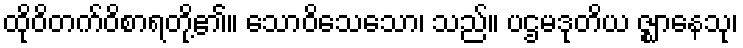
ထိုဝိတက်ဝိစာရတို့၏။ သောဝိသေသော၊ သည်။ ပဌမဒုတိယ ဇ္ဈာနေသု၊